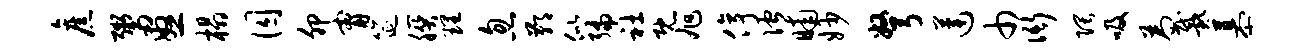
旧鬻怒榻囚卯甯筵朕理忽鄙似编社既旭停伫晡妙弩莲巾衙隈吸为戴慕